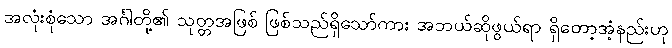
အလုံးစုံသော အင်္ဂါတို့၏ သုတ္တအဖြစ် ဖြစ်သည်ရှိသော်ကား အဘယ်ဆိုဖွယ်ရာ ရှိတော့အံ့နည်းဟု